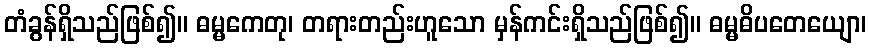
တံခွန်ရှိသည်ဖြစ်၍။ ဓမ္မကေတု၊ တရားတည်းဟူသော မှန်ကင်းရှိသည်ဖြစ်၍။ ဓမ္မဓိပတေယျော၊